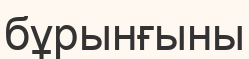
бұрынғыны